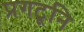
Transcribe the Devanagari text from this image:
प्रगटूनि